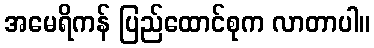
အမေရိကန် ပြည်ထောင်စုက လာတာပါ။